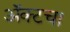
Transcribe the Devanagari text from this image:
अॅक्टचा